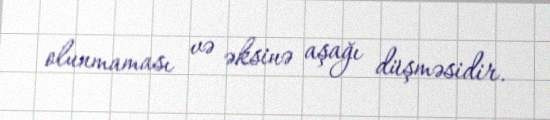
olunmaması və əksinə aşağı düşməsidir.